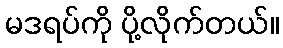
မဒရပ်ကို ပို့လိုက်တယ်။